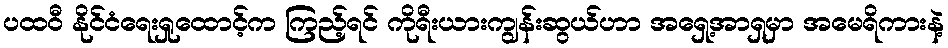
ပထဝီ နိုင်ငံရေးရှုထောင့်က ကြည့်ရင် ကိုရီးယားကျွန်းဆွယ်ဟာ အရှေ့အာရှမှာ အမေရိကားနဲ့